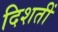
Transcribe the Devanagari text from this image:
दिशतीं